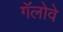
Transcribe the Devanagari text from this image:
गॅलोवे